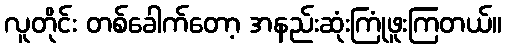
လူတိုင်း တစ်ခေါက်တော့ အနည်းဆုံးကြုံဖူးကြတယ်။